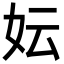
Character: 妘